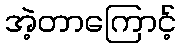
အဲ့တာကြောင့်